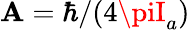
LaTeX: \mathbf{A}=\hbar/(4\piI_{a})